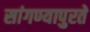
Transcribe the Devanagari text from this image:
सांगण्यापुरते